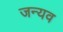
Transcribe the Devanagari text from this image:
जन्यव